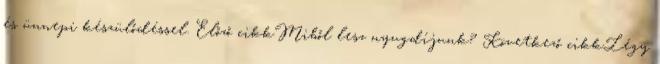
és ünnepi készülődéssel. Előző cikkMiből lesz nyugdíjunk? Következő cikkLégy